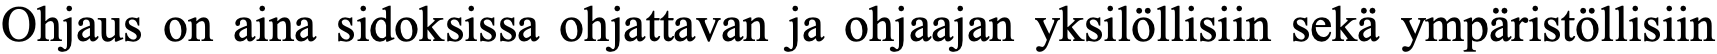
Ohjaus on aina sidoksissa ohjattavan ja ohjaajan yksilöllisiin sekä ympäristöllisiin